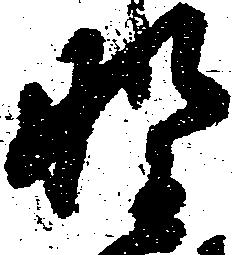
野